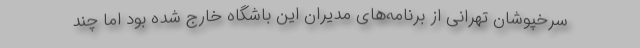
سرخپوشان تهرانی از برنامه‌های مدیران این باشگاه خارج شده بود اما چند